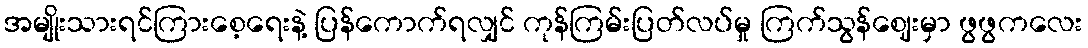
အမျိုးသားရင်ကြားစေ့ရေးနဲ့ ပြန်ကောက်ရလျှင် ကုန်ကြမ်းပြတ်လပ်မှု ကြက်သွန်ဈေးမှာ ဖွဖွကလေး